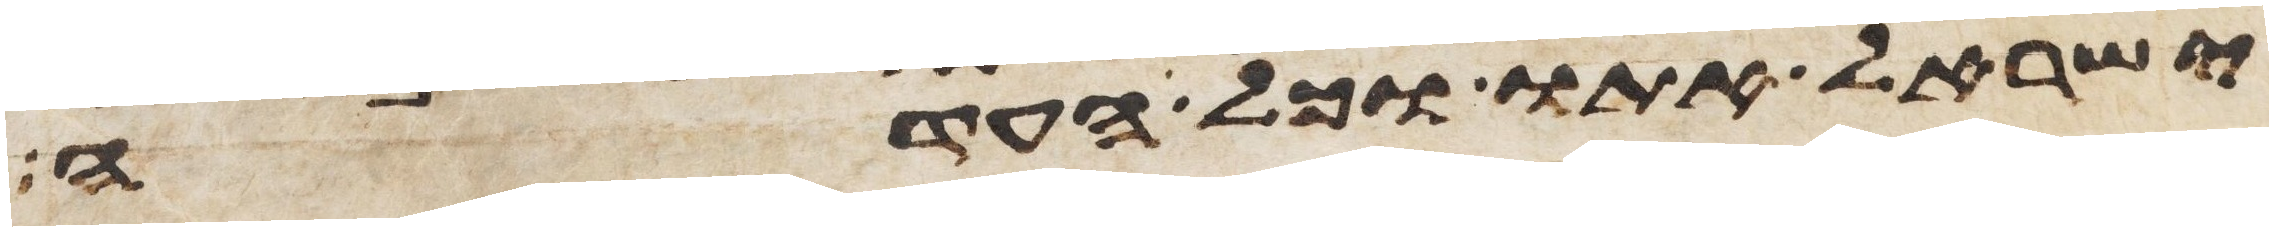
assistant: ישראל אתו וכל העדה